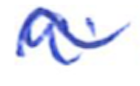
Text: a
Cross-out: wave
Writing tool: ballpoint